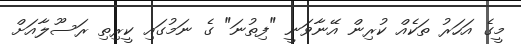
މީގެ އަހަރު ތަކެއް ކުރިން އޭނާވަނީ "ފިތުނަ" ގެ ނަމުގައި ކީރިތި ރަސޫލާއަށް